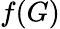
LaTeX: f(G)